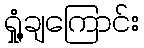
ရှုံ့ချကြောင်း